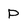
Character: P